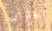
الجذاب